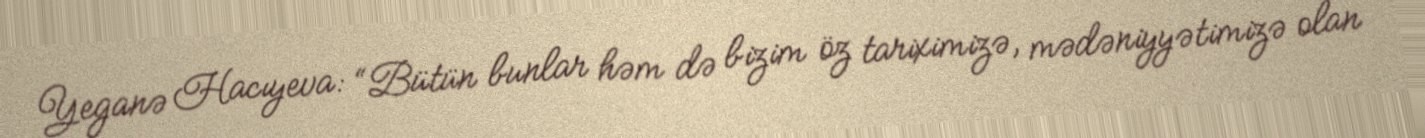
Yeganə Hacıyeva: “Bütün bunlar həm də bizim öz tariximizə, mədəniyyətimizə olan